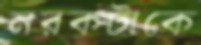
নরকটাকে